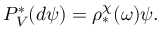
P _ { V } ^ { * } ( d \psi ) = \rho _ { * } ^ { \chi } ( \omega ) \psi .